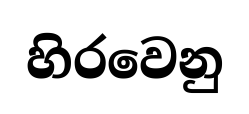
හිරවෙනු